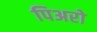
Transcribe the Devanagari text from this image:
पिअरो